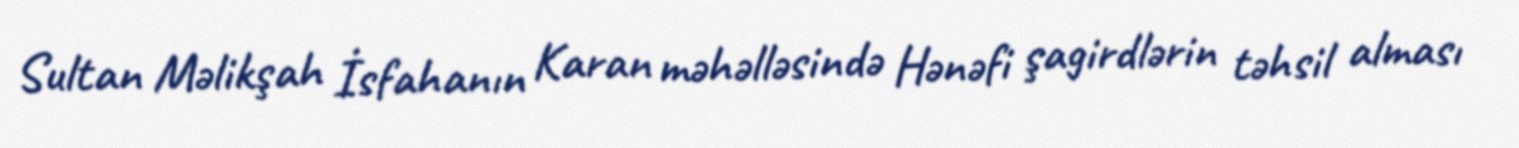
Sultan Məlikşah İsfahanın Karan məhəlləsində Hənəfi şagirdlərin təhsil alması